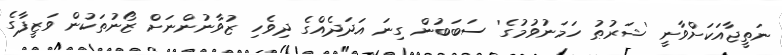
ނަތީޖާއަކަށްވާނީ 'ޝަރުޠު ހަމަނުވުމުގެ' ސަބަބުން ގިނަ އަދަދެއްގެ ދިވެހި ޒުވާނުންނަށް ޒޯނުތަކުން ވަޒީފާގެ